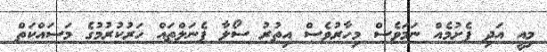
މިއީ އަދި ފެށުމެއް ނަަމަވެސް މިހާރުވެސް އިތުރު ސޯލާ ޕެނަލްތައް ހަރުކުރުމުގެ މަސައްކަތް